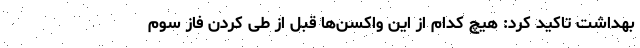
بهداشت تاکید کرد: هیچ کدام از این واکسن‌ها قبل از طی کردن فاز سوم